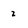
Character: 2